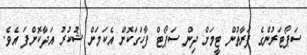
ސަޕޯޓަރުންގެ ފަރާތުން ޓީމަށް ދިން ސަޕޯޓް ފާހަގަކޮށް އެކަމަށް ޝުކުރު އަދާކޮށްފަ އެވެ.